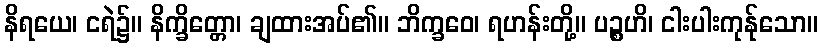
နိရယေ၊ ငရဲ၌။ နိက္ခိတ္တော၊ ချထားအပ်၏။ ဘိက္ခဝေ၊ ရဟန်းတို့။ ပဉ္စဟိ၊ ငါးပါးကုန်ုသော။